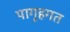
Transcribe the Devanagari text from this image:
पागृहगत